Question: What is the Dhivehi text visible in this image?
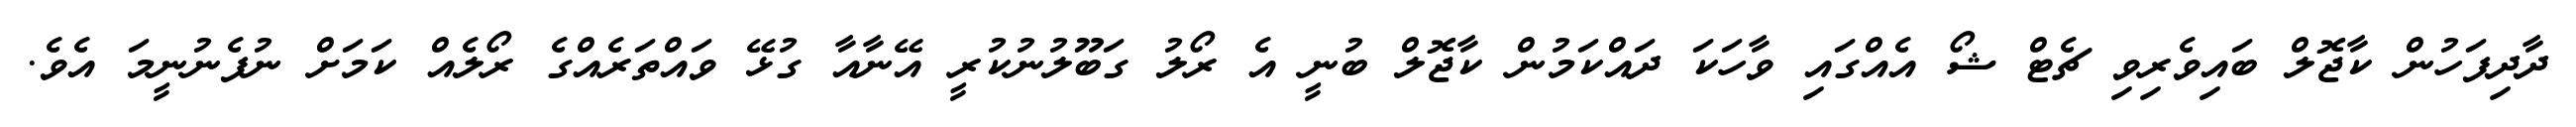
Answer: ދާދިފަހުން ކާޖޮލް ބައިވެރިވި ޗެޓް ޝޯ އެއްގައި ވާހަކަ ދައްކަމުން ކާޖޮލް ބުނީ އެ ރޯލު ގަބޫލުނުކުރީ އޭނާއާ ގުޅޭ ވައްތަރެއްގެ ރޯލެއް ކަމަށް ނުފެނުނީމަ އެވެ.